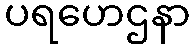
ပရဟေဌနာ